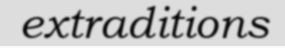
extraditions